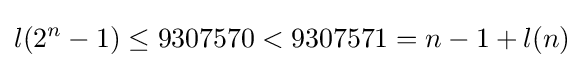
l(2^{n}-1)\leq 9307570<9307571=n-1+l(n)